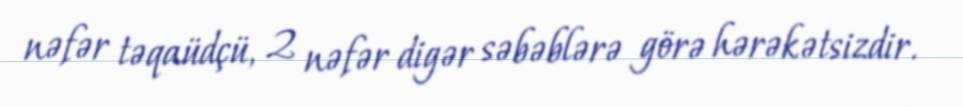
nəfər təqaüdçü, 2 nəfər digər səbəblərə görə hərəkətsizdir.